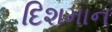
દિશમાન